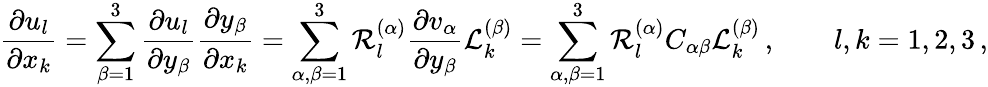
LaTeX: \frac{\partial u_{l}}{\partial x_{k}}=\sum_{\beta=1}^{3}\frac{\partial u_{l}}{\partial y_{\beta}}\frac{\partial y_{\beta}}{\partial x_{k}}=\sum_{\alpha,\beta=1}^{3}\mathcal{R}_{l}^{(\alpha)}\frac{\partial v_{\alpha}}{\partial y_{\beta}}\mathcal{L}_{k}^{(\beta)}=\sum_{\alpha,\beta=1}^{3}\mathcal{R}_{l}^{(\alpha)}C_{\alpha\beta}\mathcal{L}_{k}^{(\beta)}\, ,\qquad l,k=1,2,3\, ,